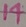
Text: 14